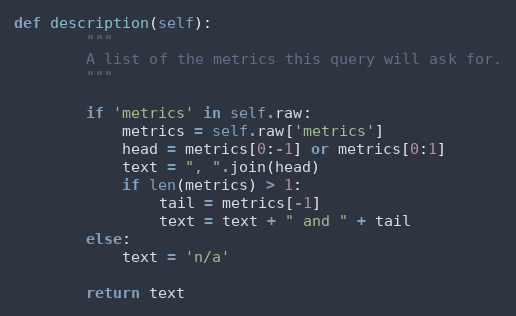
Language: Python
def description(self):
        """
        A list of the metrics this query will ask for.
        """

        if 'metrics' in self.raw:
            metrics = self.raw['metrics']
            head = metrics[0:-1] or metrics[0:1]
            text = ", ".join(head)
            if len(metrics) > 1:
                tail = metrics[-1]
                text = text + " and " + tail
        else:
            text = 'n/a'

        return text